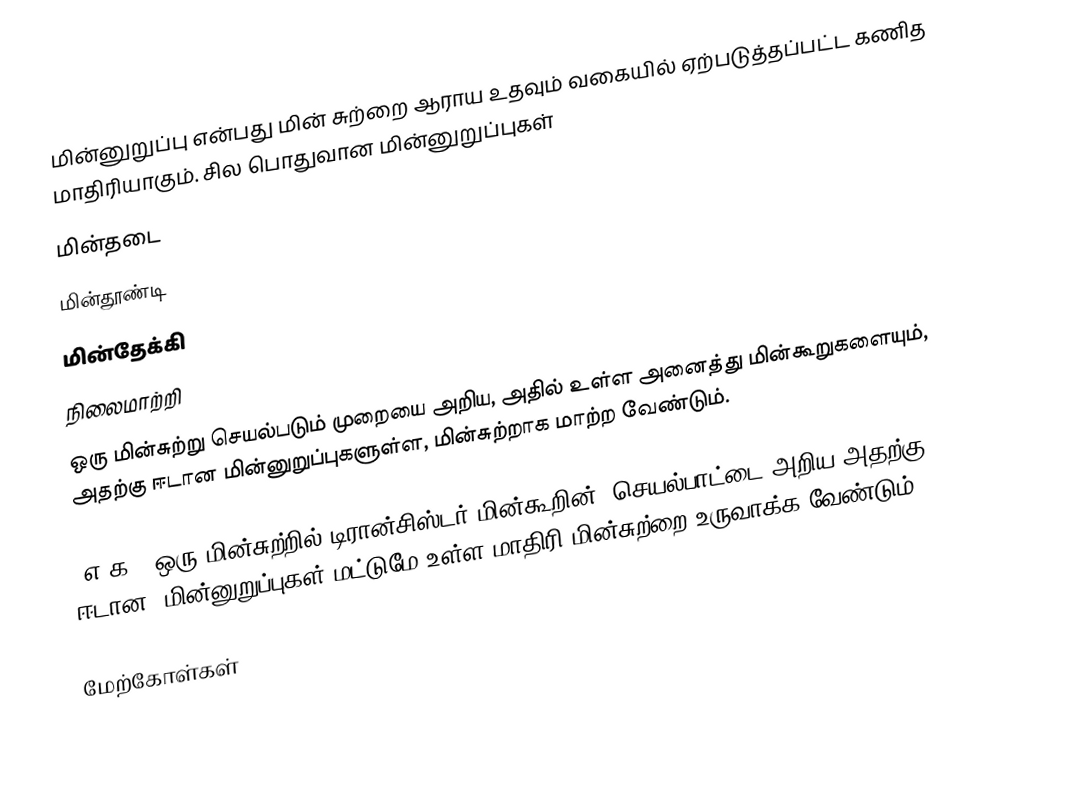
மின்னுறுப்பு என்பது மின் சுற்றை ஆராய உதவும் வகையில் ஏற்படுத்தப்பட்ட கணித மாதிரியாகும். சில பொதுவான மின்னுறுப்புகள்
மின்தடை
மின்தூண்டி
மின்தேக்கி
நிலைமாற்றி
ஒரு மின்சுற்று செயல்படும் முறையை அறிய, அதில் உள்ள அனைத்து மின்கூறுகளையும், அதற்கு ஈடான மின்னுறுப்புகளுள்ள, மின்சுற்றாக மாற்ற வேண்டும்.

(எ-க): ஒரு மின்சுற்றில் டிரான்சிஸ்டர் மின்கூறின்,  செயல்பாட்டை அறிய அதற்கு ஈடான, மின்னுறுப்புகள் மட்டுமே உள்ள மாதிரி-மின்சுற்றை உருவாக்க வேண்டும்

மேற்கோள்கள்